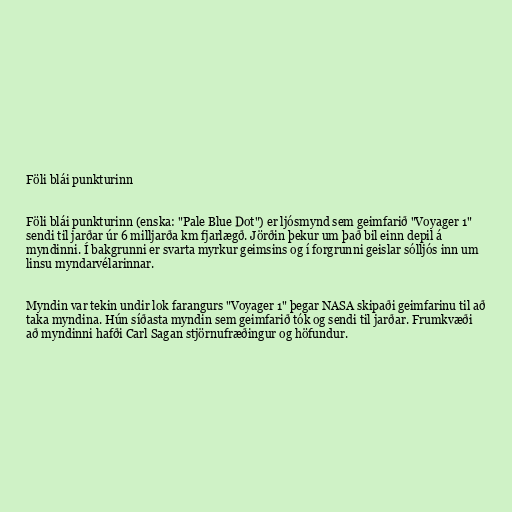
Föli blái punkturinn

Föli blái punkturinn (enska: "Pale Blue Dot") er ljósmynd sem geimfarið "Voyager 1"
sendi til jarðar úr 6 milljarða km fjarlægð. Jörðin þekur um það bil einn depil á
myndinni. Í bakgrunni er svarta myrkur geimsins og í forgrunni geislar sólljós inn um
linsu myndarvélarinnar.

Myndin var tekin undir lok farangurs "Voyager 1" þegar NASA skipaði geimfarinu til að
taka myndina. Hún síðasta myndin sem geimfarið tók og sendi til jarðar. Frumkvæði
að myndinni hafði Carl Sagan stjörnufræðingur og höfundur.